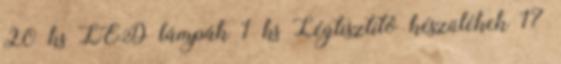
20 ks LED lámpák 1 ks Légtisztító készülékek 17